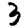
Digit: 3